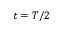
t = T / 2